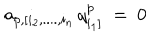
a _ { p , [ i _ { 2 } , . . . . , i _ { n } } \, q _ { i _ { 1 } ] } ^ { p } ~ = ~ 0